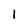
Character: 1